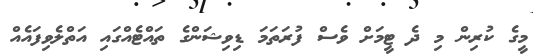
މީގެ ކުރިން މި ދެ ޓީމަށް ވެސް ފުރަތަމަ ޑިވިޝަންގެ ތައްޓެއްގައި އަތްލެވިފައެއް